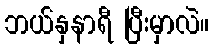
ဘယ်နှနာရီ ပြီးမှာလဲ။